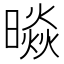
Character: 𭧲